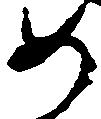
如